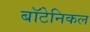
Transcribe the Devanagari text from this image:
बॉटेनिकल